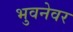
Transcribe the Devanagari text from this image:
भुवनेवर